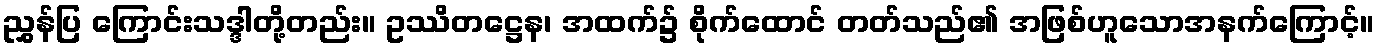
ညွှန်ပြ ကြောင်းသဒ္ဒါတို့တည်း။ ဥဿိတဋ္ဌေန၊ အထက်၌ စိုက်ထောင် တတ်သည်၏ အဖြစ်ဟူသောအနက်ကြောင့်။